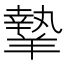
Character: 𦎷